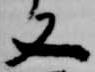
又